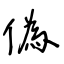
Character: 偽